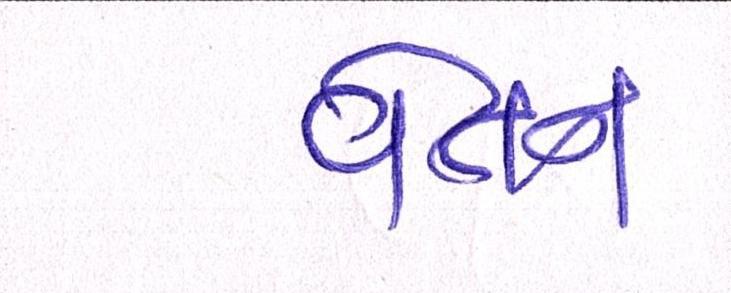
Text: વેતન